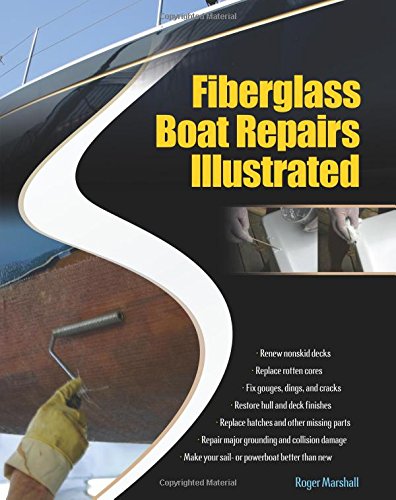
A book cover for Fiberglass Boat Repairs Illustrated; Roger Marshall; Sports & Outdoors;